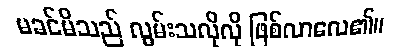
မခင်မိသည် လွမ်းသလိုလို ဖြစ်လာလေ၏။